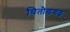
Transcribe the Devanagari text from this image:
चितौडगढ